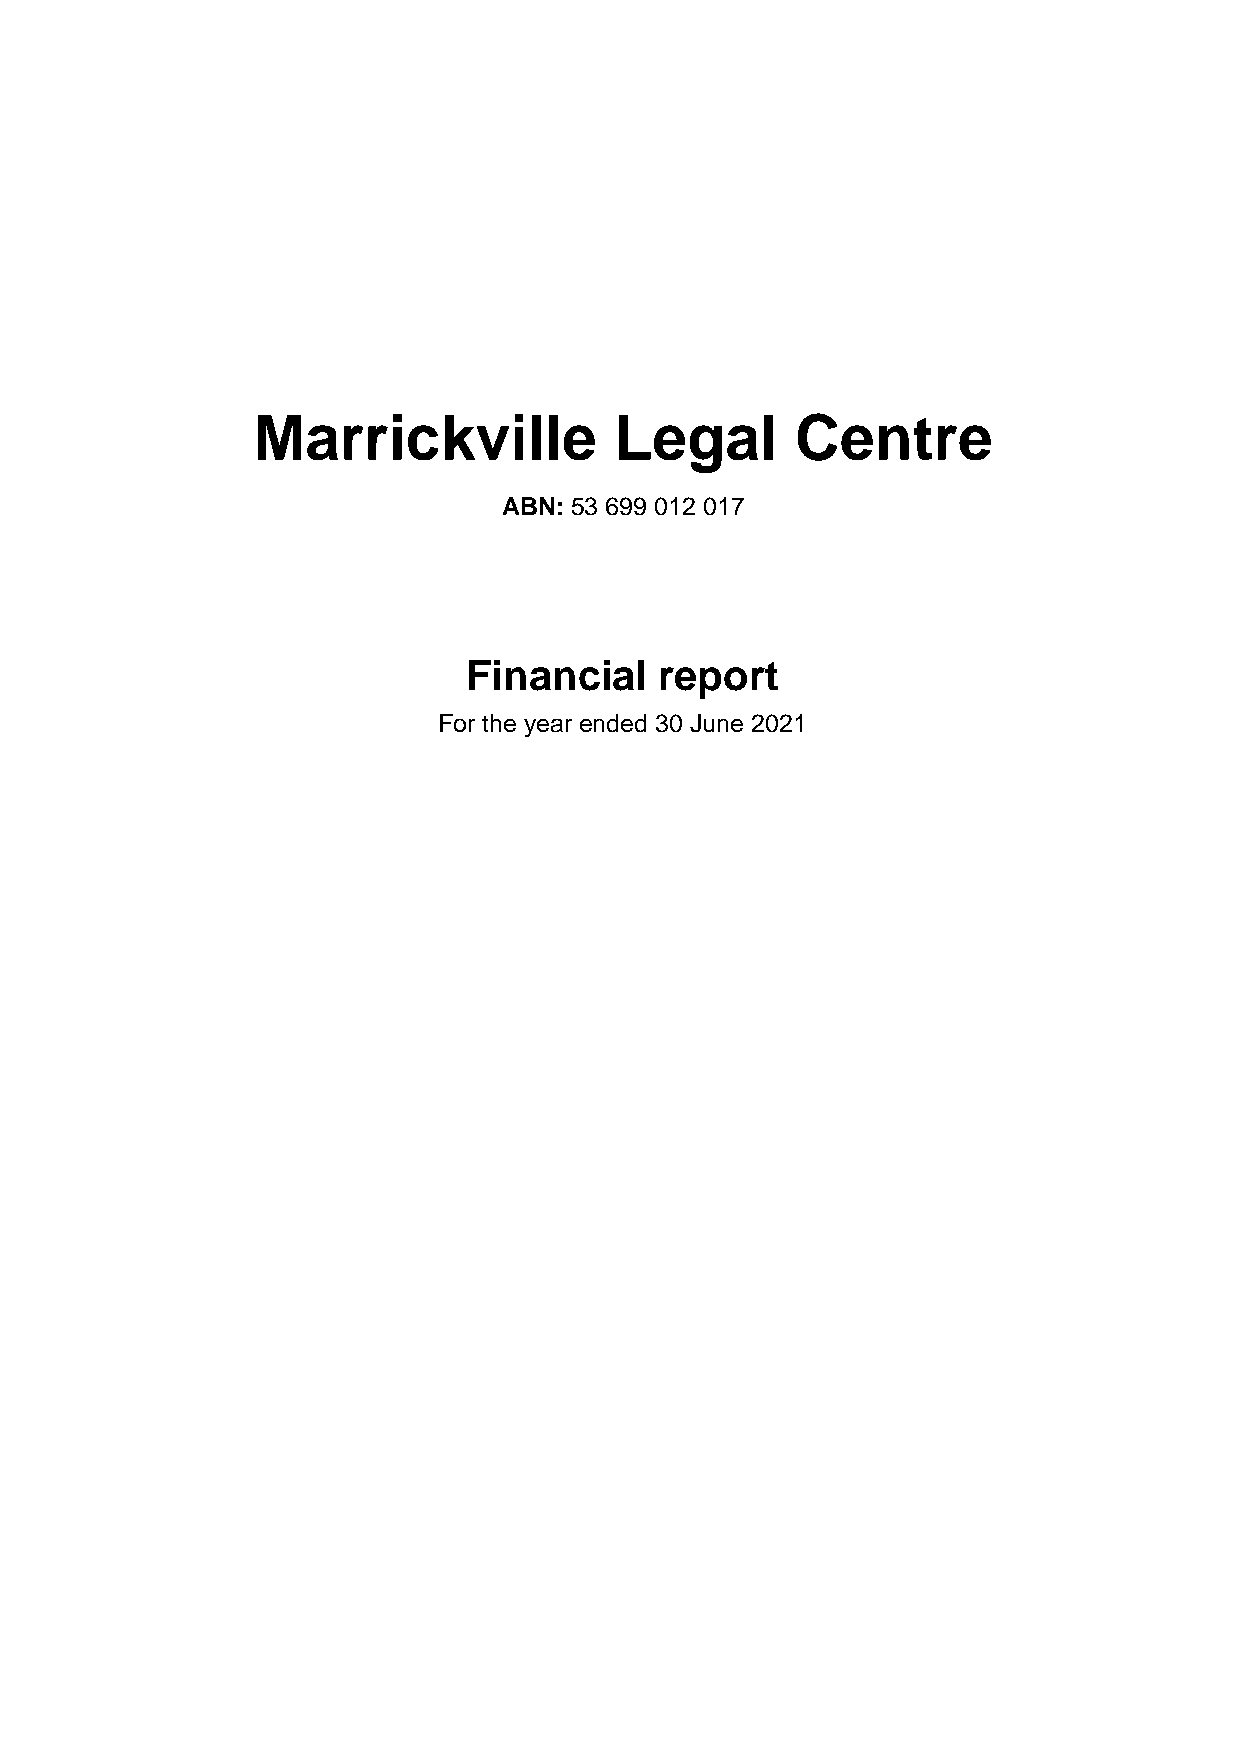
Marrickville            Legal       Centre
 ABN: 53 699 012 017
 Financial    report
 For the year ended 30 June 2021